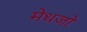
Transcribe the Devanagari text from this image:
मेधजो